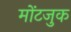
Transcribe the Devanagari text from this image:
मोंटजुक